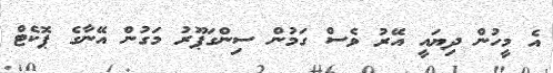
އެ މީހުން ދިޔައީ އޭރު ވެސް ގަމުން ސިންގަޕޫރު މަގުން އޭނާގެ ޕޮކެޓް